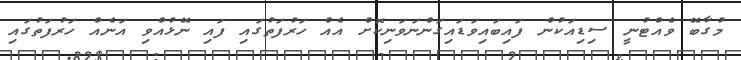
މުގާބޭ ވެއްޓުނީ ސިޑިއަކުން ފައިބައިވަޑައިގަންނަވަނިކޮށް އެއް ހަރުފަތުގައި ފައި ނޭޅުއްވި އަނެއް ހަރުފަތުގައި